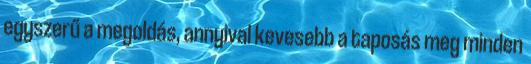
egyszerű a megoldás, annyival kevesebb a taposás meg minden